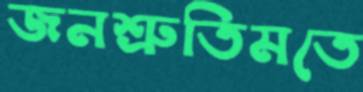
জনশ্রুতিমতে